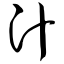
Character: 汁